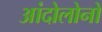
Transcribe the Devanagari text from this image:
आंदोलोनों